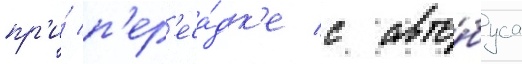
пр'и́ п'ер'еса́дк'е с авто́буса